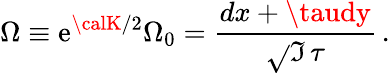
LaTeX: \Omega\equiv\mathrm{e}^{{\calK}/2}\Omega_{0}={\frac{{dx+\taudy}}{{\sqrt{}{{\Im\, \tau}}}}}\, .